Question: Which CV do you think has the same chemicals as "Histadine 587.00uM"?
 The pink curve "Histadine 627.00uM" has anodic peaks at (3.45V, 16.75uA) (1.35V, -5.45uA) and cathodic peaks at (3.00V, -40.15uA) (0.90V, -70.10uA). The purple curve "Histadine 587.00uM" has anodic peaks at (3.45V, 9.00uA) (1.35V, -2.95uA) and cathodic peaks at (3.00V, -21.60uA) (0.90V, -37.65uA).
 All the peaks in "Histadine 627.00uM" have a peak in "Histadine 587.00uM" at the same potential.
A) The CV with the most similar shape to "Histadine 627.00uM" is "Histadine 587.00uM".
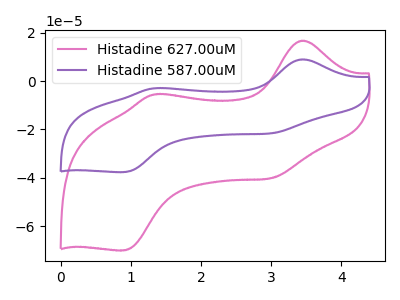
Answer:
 <answer>A) The CV with the most similar shape to "Histadine 627.00uM" is "Histadine 587.00uM".</answer>
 <eval>A</eval>